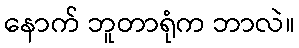
နောက် ဘူတာရုံက ဘာလဲ။